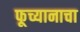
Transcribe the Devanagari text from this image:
फूच्यानाचा